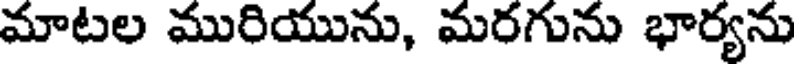
మాటల మురియును, మరగును భార్యను